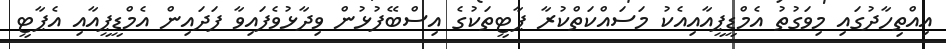
އިއްތިހާދުގައި މިވަގުތު އެމްޑީޕީއާއިއެކު މަސައްކަތްކުރާ ޕާޓީތަކުގެ އިސްބޭފުޅުން ވިދާޅުވެފައިވާ ފަދައިން އެމްޑީޕީއާއި އެޕާޓީ